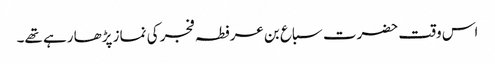
اس وقت حضرت سباع بن عرفطہ فجر کی نماز پڑھا رہے تھے۔